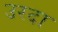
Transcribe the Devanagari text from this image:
उरदा